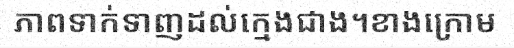
ភាពទាក់ទាញដល់ក្មេងជាង។ខាងក្រោម